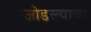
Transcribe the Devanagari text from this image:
जोडल्याचा